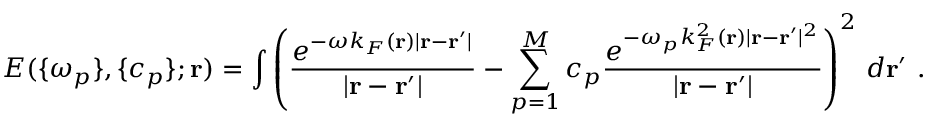
E ( \{ \omega _ { p } \} , \{ c _ { p } \} ; \mathbf { r } ) = \displaystyle \int \left( \frac { e ^ { - \omega k _ { F } ( \mathbf { r } ) | \mathbf { r } - \mathbf { r } ^ { \prime } | } } { | \mathbf { r } - \mathbf { r } ^ { \prime } | } - \displaystyle \sum _ { p = 1 } ^ { M } c _ { p } \frac { e ^ { - \omega _ { p } k _ { F } ^ { 2 } ( \mathbf { r } ) | \mathbf { r } - \mathbf { r } ^ { \prime } | ^ { 2 } } } { | \mathbf { r } - \mathbf { r } ^ { \prime } | } \right) ^ { 2 } \, d \mathbf { r } ^ { \prime } \ .